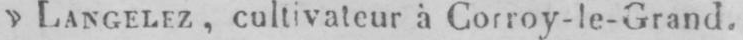
» LANGELEZ, cultivateur à Corroy-le-Grand.